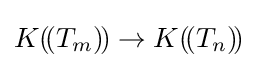
K(\!(T_{m})\!)\to K(\!(T_{n})\!)